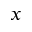
x